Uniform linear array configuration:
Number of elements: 48
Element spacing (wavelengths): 0.25
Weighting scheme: hann
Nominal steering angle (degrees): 0
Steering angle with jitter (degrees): -1.636
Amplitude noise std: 0.05
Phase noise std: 0.05

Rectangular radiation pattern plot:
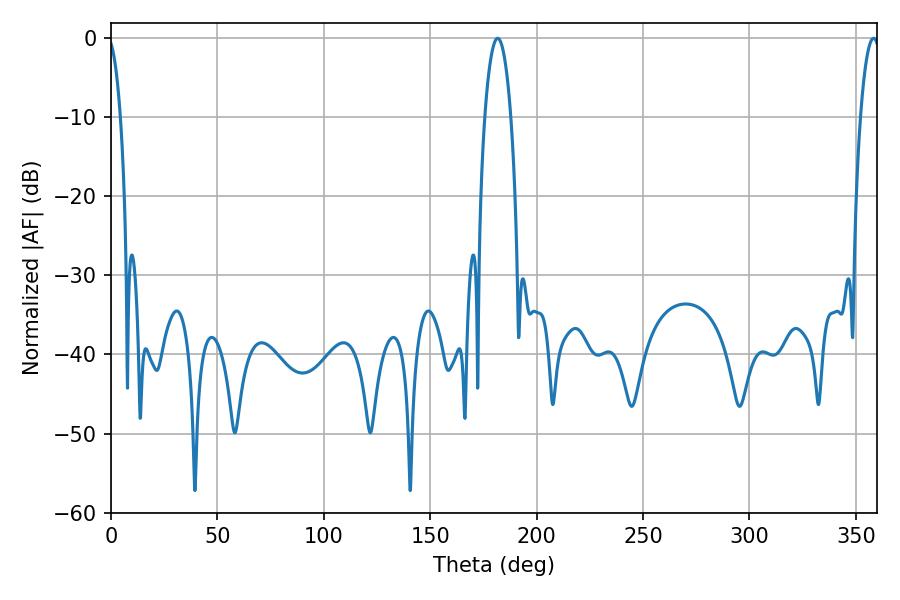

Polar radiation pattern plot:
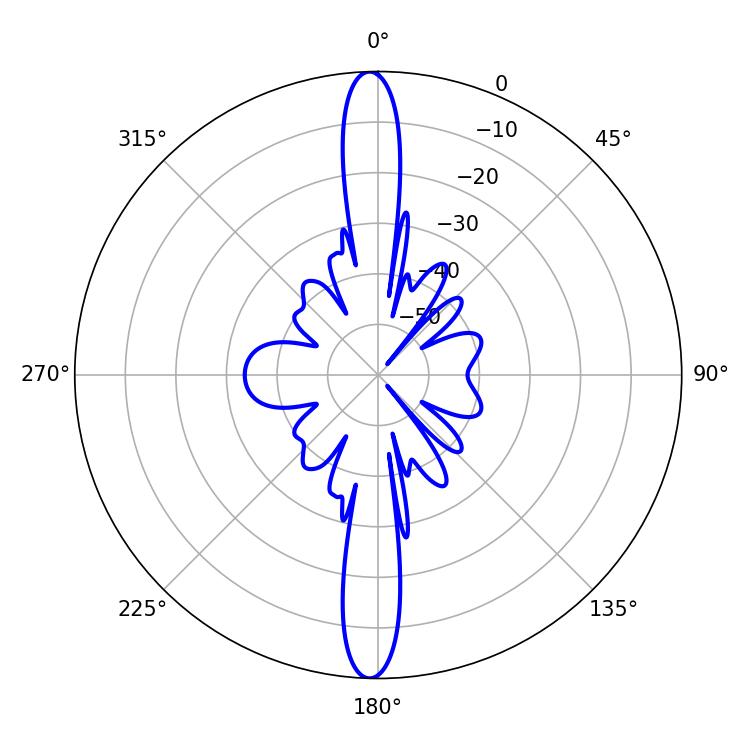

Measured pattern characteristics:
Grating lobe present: FALSE
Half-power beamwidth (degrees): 5.04
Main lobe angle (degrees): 358.38